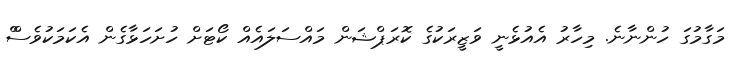
މަގާމުގަ ހުންނާނެ. މިހާރު އެއުޅެނީ ވަޒީރަކުގެ ކޮރަޕްޝަން މައްސަލައެއް ކޯޓަށް ހުށަހަޅާގެން އެކަމަކުވެސްް